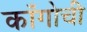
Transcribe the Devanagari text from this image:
काँगोची